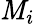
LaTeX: \mathit{M}_{i}